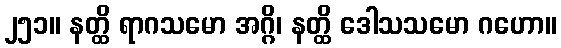
၂၅၁။ နတ္ထိ ရာဂသမော အဂ္ဂိ၊ နတ္ထိ ဒေါသသမော ဂဟော။